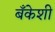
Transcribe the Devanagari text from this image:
बँकेशी